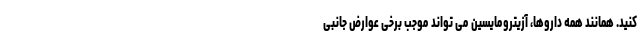
کنید. همانند همه داروها، آزیترومایسین می تواند موجب برخی عوارض جانبی